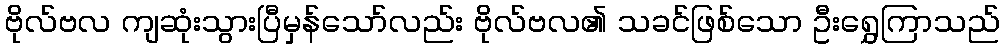
ဗိုလ်ဗလ ကျဆုံးသွားပြီမှန်သော်လည်း ဗိုလ်ဗလ၏ သခင်ဖြစ်သော ဦးရွှေကြာသည်